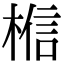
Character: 𪲼